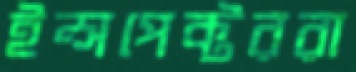
ইন্সপেক্টররা